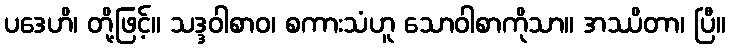
ပဒေဟိ၊ တို့ဖြင့်။ သဒ္ဒဝါစာဝ၊ စကားသံဟူ သောဝါစာကိုသာ။ အဿိတာ၊ ပြီ။